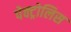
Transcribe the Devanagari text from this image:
पेक्ट्रोलिस